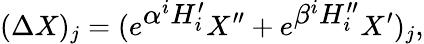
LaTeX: (\Delta X)_{j}=(e^{\textstyle\alpha^{i}H_{i}^{\prime}}X^{\prime\prime}+e^{\textstyle\beta^{i}H_{i}^{\prime\prime}}X^{\prime})_{j},